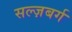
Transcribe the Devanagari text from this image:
सल्ज़बर्ग